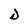
Character: D